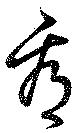
看